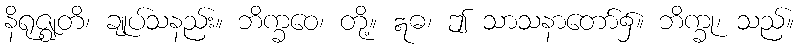
နိရုဇ္ဈတိ၊ ချုပ်သနည်း။ ဘိက္ခဝေ၊ တို့။ ဣဓ၊ ဤ သာသနာတော်၌။ ဘိက္ခု၊ သည်။